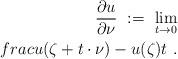
\begin{align*}\frac{\partial u}{\partial \nu}\ :=\ \lim_{t\to 0}\\frac{u(\zeta+t\cdot\nu)-u(\zeta)}{t}\ .\end{align*}